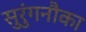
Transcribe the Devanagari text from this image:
सुरुंगनौका